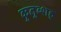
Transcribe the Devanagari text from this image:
कुतुब्शह्